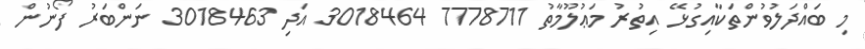
މި ބައްދަލުވުންތަކާއިގުޅޭ އިތުރު މަޢުލޫމާތު 7778711 3018464 އަދި 3018463 ނަންބަރު ފޯނުން